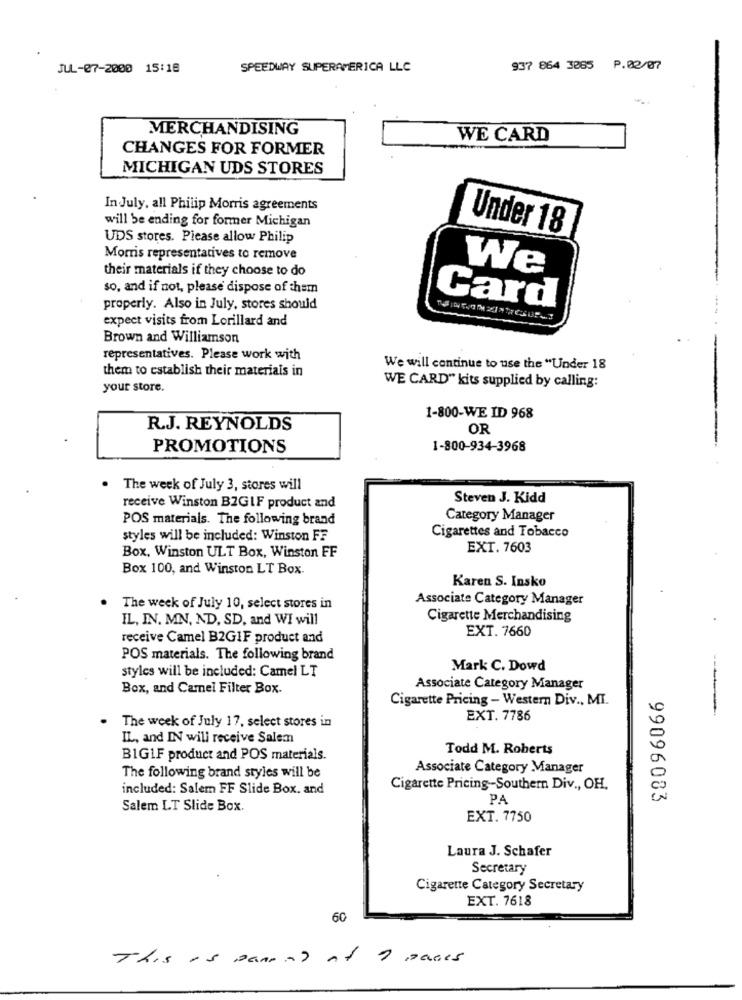
JUL-07-2000 15:18
SPEEDWAY SUPERAMERICA LLC
937 864 3065 P.02/07
-
MERCHANDISING
WE CARD
CHANGES FOR FORMER
MICHIGAN UDS STORES
In July, all Philip Morris agreements
will be ending for former Michigan
Under 18
UDS stores. Please allow Philip
Morris representatives to remove
their materials if they choose to do
We
so, and if not, please dispose of them
properly. Also in July, stores should
Card
expect visits from Lorillard and
Brown and Williamson
representatives. Please work with
them to establish their materiais in
We will continue to use the "Under 18
WE CARD" kits supplied by calling:
your store.
1-800-WE ID 968
R.J. REYNOLDS
OR
PROMOTIONS
1-800-934-3968
The week of July 3, stores will
Steven J. Kidd
receive Winston BZGLF product and
POS materials. The following brand
Category Manager
styles will be included: Winston FF
Cigarettes and Tobacco
Box, Winston ULT Box, Winston FF
EXT. 7603
Box 100, and Winston LT Box.
Karen S. Insko
Associate Category Manager
The week of July 10, select stores in
IL, IN. MN, ND, SD, and WI will
Cigarette Merchandising
EXT. 7660
receive Camel B2GIF product and
POS materials. The following brand
Mark C. Dowd
styles will be included: Camel LT
Box, and Camel Filter Box.
Associate Category Manager
Cigarette Pricing - Western Div ., MI.
EXT. 7786
The week of July 17, select stores in
IL, and IN will receive Salem
Todd M. Roberts
BIGIF product and POS materials.
Associate Category Manager
The following brand styles will be
included: Salem FF Slide Box, and
Cigarette Pricing-Southern Div ., OH,
PA
99096083
Salem LT Slide Box.
EXT. 7750
Laura J. Schafer
Secretary
Cigarette Category Secretary
EXT. 7618
60
This Is Pane !!
Pages